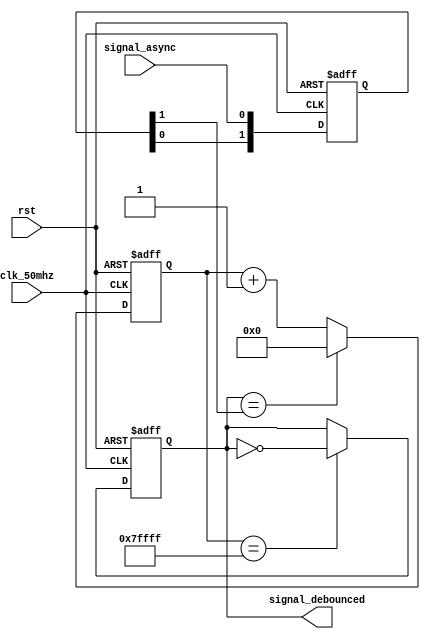
//----------------------------------------------------------------------------
// Copyright (C) 2001 Authors
//
// This source file may be used and distributed without restriction provided
// that this copyright statement is not removed from the file and that any
// derivative work contains the original copyright notice and the associated
// disclaimer.
//
// This source file is free software; you can redistribute it and/or modify
// it under the terms of the GNU Lesser General Public License as published
// by the Free Software Foundation; either version 2.1 of the License, or
// (at your option) any later version.
//
// This source is distributed in the hope that it will be useful, but WITHOUT
// ANY WARRANTY; without even the implied warranty of MERCHANTABILITY or
// FITNESS FOR A PARTICULAR PURPOSE. See the GNU Lesser General Public
// License for more details.
//
// You should have received a copy of the GNU Lesser General Public License
// along with this source; if not, write to the Free Software Foundation,
// Inc., 51 Franklin Street, Fifth Floor, Boston, MA  02110-1301  USA
//
//----------------------------------------------------------------------------
//
// *File Name: sync_debouncer.v
//
// *Module Description:
//                      Super basic 10ms debouncer.
//
// *Author(s):
//              - Olivier Girard,    olgirard@gmail.com
//
//----------------------------------------------------------------------------
// $Rev$
// $LastChangedBy$
// $LastChangedDate$
//----------------------------------------------------------------------------

module sync_debouncer_10ms (

// OUTPUTs
    signal_debounced,          // Synchronized and 10ms debounced signal

// INPUTs
    clk_50mhz,                 // 50MHz clock
    rst,                       // reset
    signal_async               // Asynchonous signal
);

// OUTPUTs
//=========
output     signal_debounced;   // Synchronized and 10ms debounced signal

// INPUTs
//=========
input      clk_50mhz;          // 50MHz clock
input      rst;                // reset
input      signal_async;       // Asynchonous signal


// Synchronize signal
reg [1:0] sync_stage;
always @(posedge clk_50mhz or posedge rst)
  if (rst) sync_stage <= 2'b00;
  else     sync_stage <= {sync_stage[0], signal_async};

wire signal_sync = sync_stage[1];


// Debouncer (10.48ms = 0x7ffff x 50MHz clock cycles)
reg [18:0] debounce_counter;
always @(posedge clk_50mhz or posedge rst)
  if (rst)                               debounce_counter <= 19'h00000;
  else if(signal_debounced==signal_sync) debounce_counter <= 19'h00000;
  else                                   debounce_counter <= debounce_counter+1;

wire debounce_counter_done = (debounce_counter==19'h7ffff);

// Output signal
reg signal_debounced;
always @(posedge clk_50mhz or posedge rst)
  if (rst)                       signal_debounced <= 1'b0;
  else if(debounce_counter_done) signal_debounced <= ~signal_debounced;


endmodule